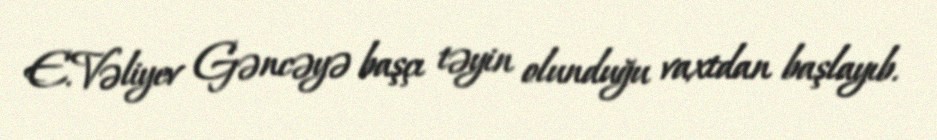
E.Vəliyev Gəncəyə başçı təyin olunduğu vaxtdan başlayıb.